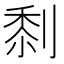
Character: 𠞙